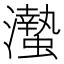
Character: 𤄁